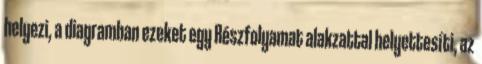
helyezi, a diagramban ezeket egy Részfolyamat alakzattal helyettesíti, az